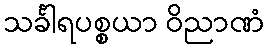
သင်္ခါရပစ္စယာ ဝိညာဏံ